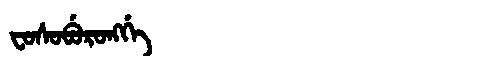
Manchu: ᠸᠣᠰᠣᠪᡠᡵᠣᠩᡤᡝ
Romanization: FOSOBURONGGE